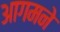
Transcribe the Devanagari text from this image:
आगमने